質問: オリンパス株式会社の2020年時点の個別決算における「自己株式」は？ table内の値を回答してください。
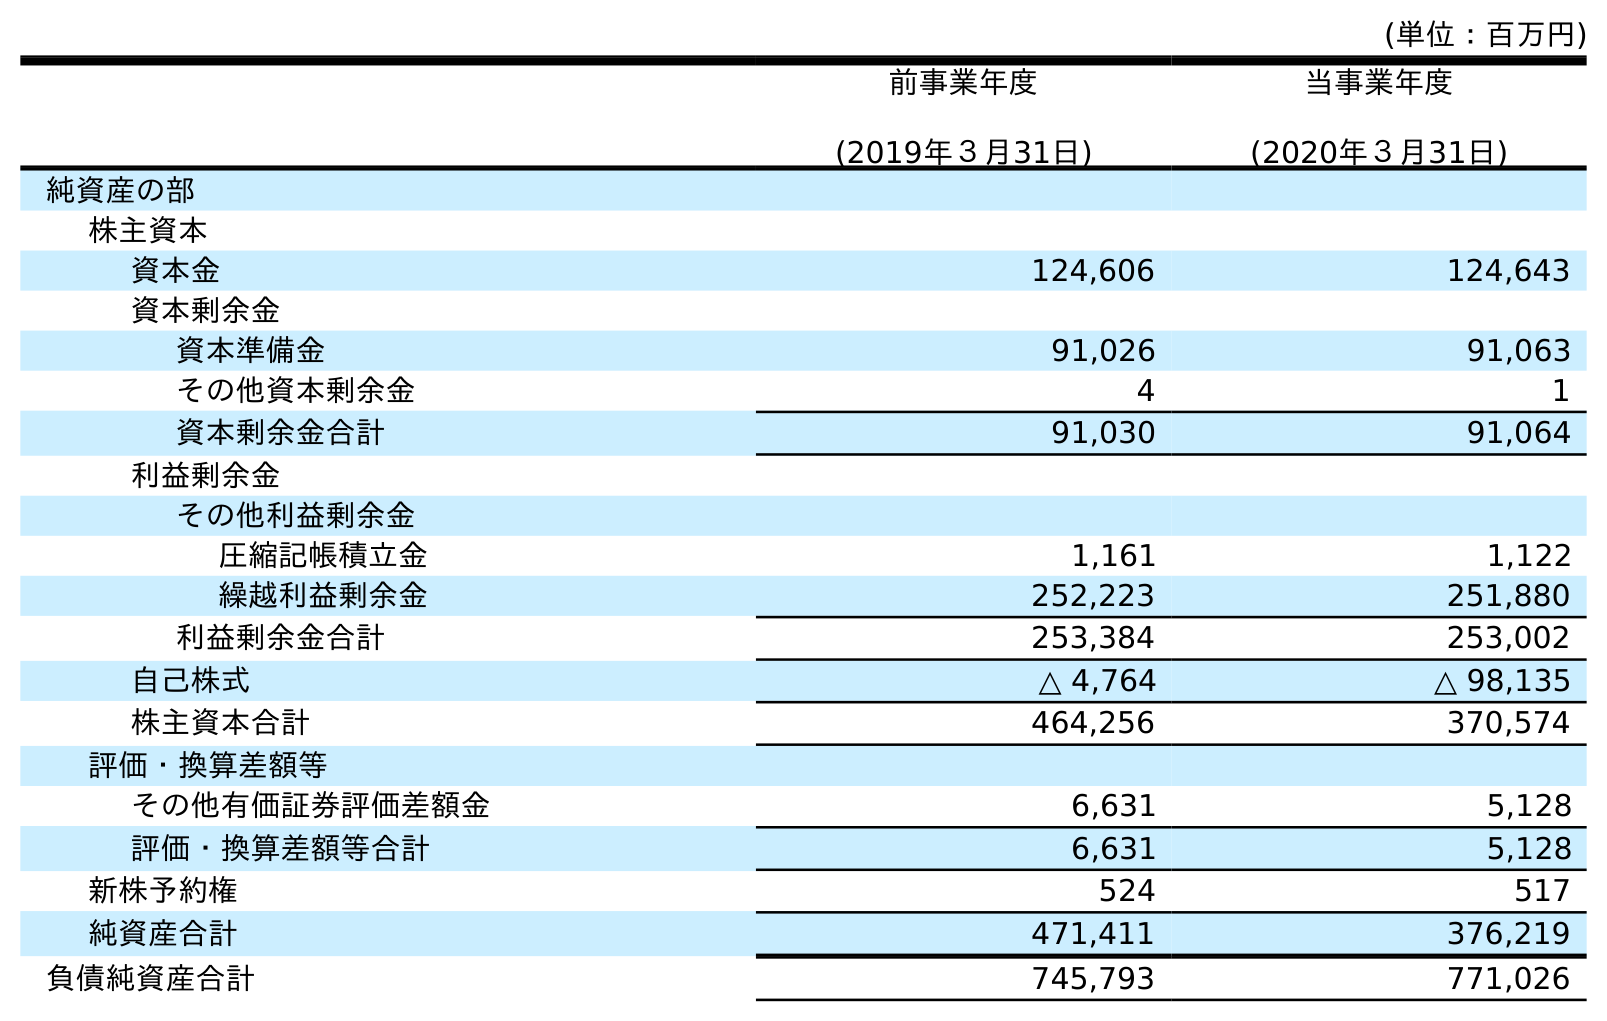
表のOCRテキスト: (単位：百万円) 前事業年度 (2019年３月31日) 当事業年度 (2020年３月31日) 純資産の部 株主資本 資本金 124,606 124,643 資本剰余金 資本準備金 91,026 91,063 その他資本剰余金 4 1 資本剰余金合計 91,030 91,064 利益剰余金 その他利益剰余金 圧縮記帳積立金 1,161 1,122 繰越利益剰余金 252,223 251,880 利益剰余金合計 253,384 253,002 自己株式 △ 4,764 △ 98,135 株主資本合計 464,256 370,574 評価・換算差額等 その他有価証券評価差額金 6,631 5,128 評価・換算差額等合計 6,631 5,128 新株予約権 524 517 純資産合計 471,411 376,219 負債純資産合計 745,793 771,026
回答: △98,135